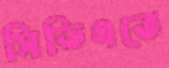
সিডিএতে